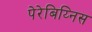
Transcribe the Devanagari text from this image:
पेरेबिय्निस